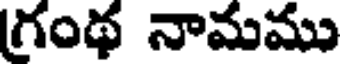
గ్రంథ నామము